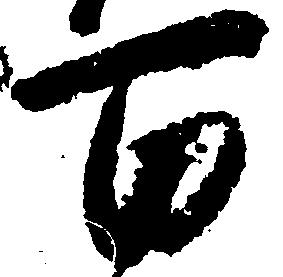
百